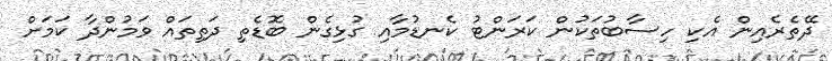
ދޭތެރެއިން އެކި ހިސާބުތަކުން ކަރަންޓު ކެނޑުމާއި ގުޅިގެން ބޮޑެތި ދަތިތައް ވަމުންދާ ކަމަށް